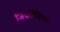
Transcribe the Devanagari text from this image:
जिर्कोनियम